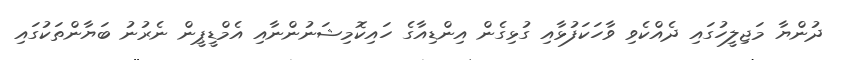
ދުންޔާ މަޖިލީހުގައި ދެއްކެވި ވާހަކަފުޅާއި ގުޅިގެން އިންޑިއާގެ ހައިކޮމިޝަނުންނާއި އެމްޑީޕީން ނެރުނު ބަޔާންތަކުގައި